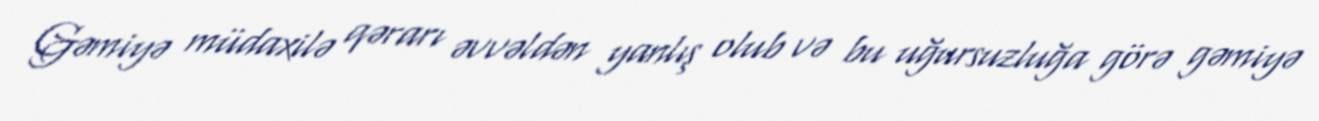
Gəmiyə müdaxilə qərarı əvvəldən yanlış olub və bu uğursuzluğa görə gəmiyə